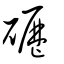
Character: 礰